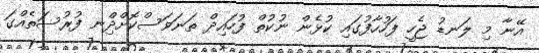
އޭނާ މި ލަނޑު ޖެހީ ފަހުހާފުގައި ކުޅެން ނުކުތް ފުހައިދް ތަނަވަސްކޮށްދިްނ ފުރުސަތެއްގަ